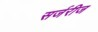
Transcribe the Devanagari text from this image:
सर्जरीज